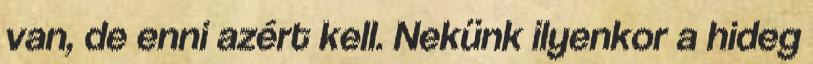
van, de enni azért kell. Nekünk ilyenkor a hideg